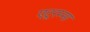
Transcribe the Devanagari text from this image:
एटूरम्मा